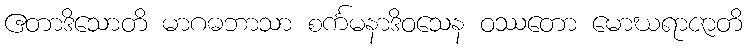
ဧတာဒိသောတိ မာဂဓဘာသာ စင်္ကမနာဒိဝသေန ဝဿတော မောဃရာဇာတိ